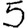
Digit: 5